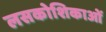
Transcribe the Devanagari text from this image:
लसकोशिकाओं